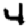
Digit: 4